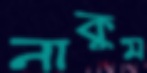
নাকুম